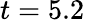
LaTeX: t=5.2